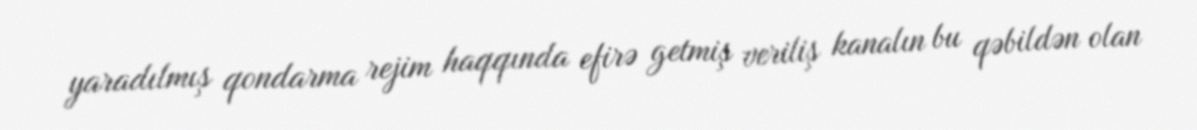
yaradılmış qondarma rejim haqqında efirə getmiş veriliş kanalın bu qəbildən olan